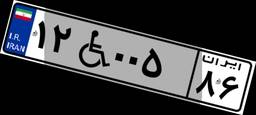
۷۵W۱۸۸۵۳